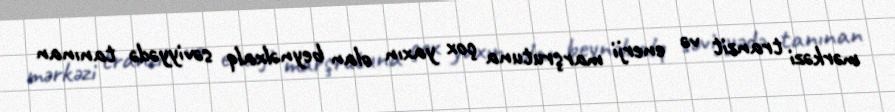
mərkəzi tranzit və enerji marşrutuna çox yaxın olan beynəlxalq səviyyədə tanınan